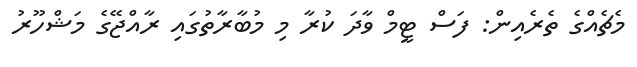
މެޗެއްގެ ތެރެއިން: ފަސް ޓީމް ވާދަ ކުރާ މި މުބާރާތުގައި ރާއްޖޭގެ މަޝްހޫރު